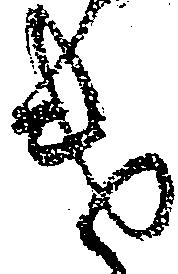
遣